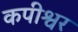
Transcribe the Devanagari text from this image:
कपीश्वर